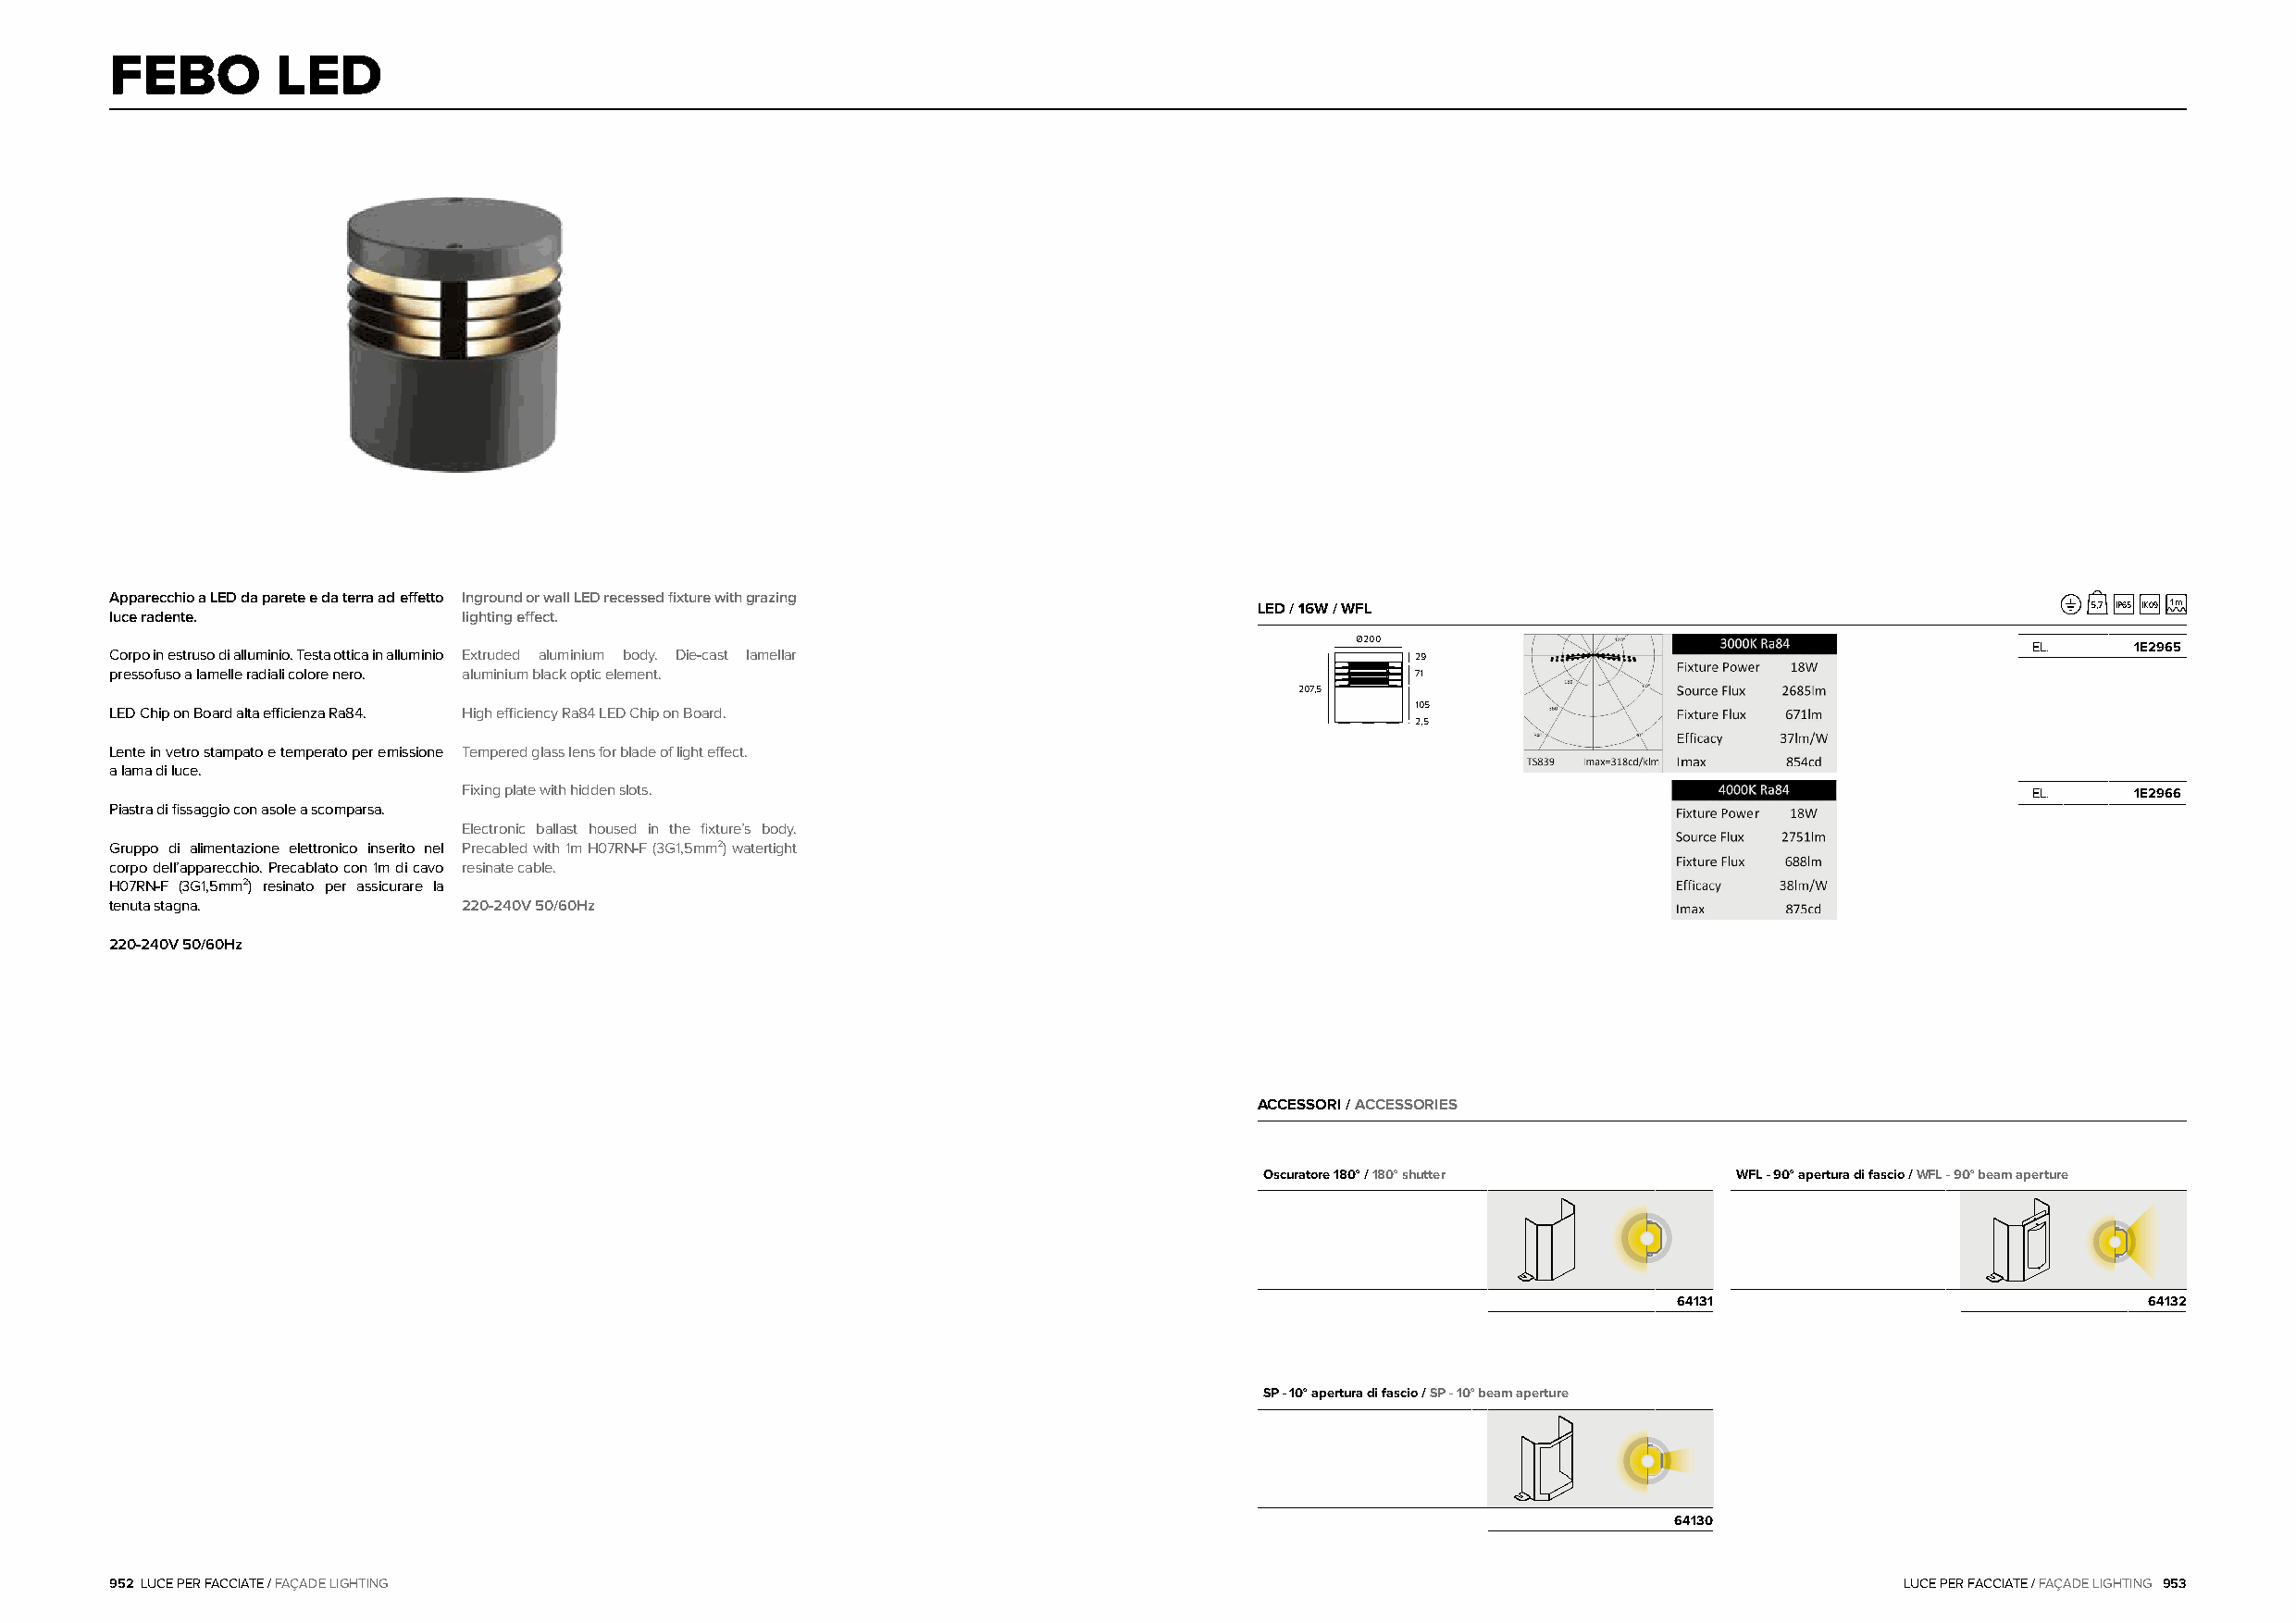
FEBO        LED
 Apparecchio a LED da parete e da terra ad effetto Inground or wall LED recessed fixture with grazing
 LED / 16W / WFL                                             5,7 IP65 IK09 1 m
 luce radente.            lighting effect.
 Ø200
 EL.     1E2965
 Corpo in estruso di alluminio. Testa ottica in alluminio Extruded aluminium body. Die-cast lamellar 29
 pressofuso a lamelle radiali colore nero. aluminium black optic element.                     71
 207,5
 105
 LED Chip on Board alta efficienza Ra84. High efficiency Ra84 LED Chip on Board.
 2,5
 Lente in vetro stampato e temperato per emissione Tempered glass lens for blade of light effect.
 a lama di luce.
 Fixing plate with hidden slots.                                                                                 EL.     1E2966
 Piastra di fissaggio con asole a scomparsa.
 Electronic ballast housed in the fixture’s body.
 Gruppo di alimentazione elettronico inserito nel Precabled with 1m H07RN-F (3G1,5mm²) watertight
 corpo dell’apparecchio. Precablato con 1m di cavo resinate cable.
 H07RN-F (3G1,5mm²) resinato per assicurare la
 tenuta stagna.           220-240V 50/60Hz
 220-240V 50/60Hz
 ACCESSORI / ACCESSORIES
 Oscuratore 180° / 180° shutter    WFL - 90° apertura di fascio / WFL - 90° beam aperture
 64131                             64132
 SP - 10° apertura di fascio / SP - 10° beam aperture
 64130
 952 LUCE PER FACCIATE / FAÇADE LIGHTING                                                                                         LUCE PER FACCIATE / FAÇADE LIGHTING 953